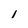
Character: I